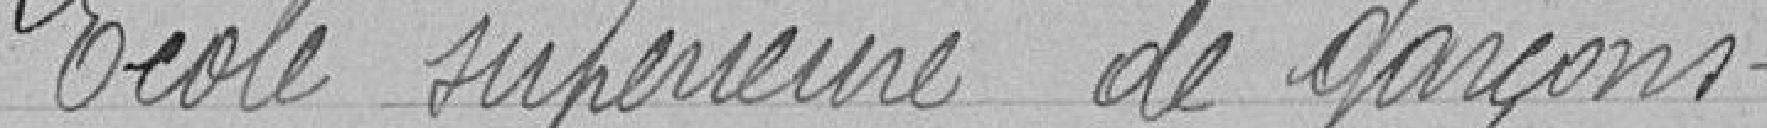
Ecole supérieure de garçons